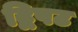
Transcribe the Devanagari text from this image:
द्विपट